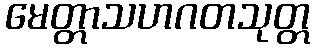
မေတ္တာသဟဂတသုတ္တ